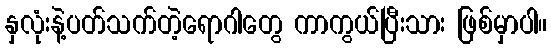
နှလုံးနဲ့ပတ်သက်တဲ့ရောဂါတွေ ကာကွယ်ပြီးသား ဖြစ်မှာပါ။